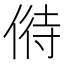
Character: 偫